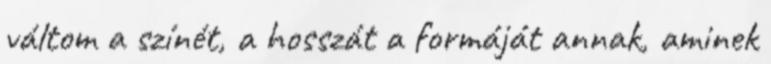
váltom a színét, a hosszát a formáját annak, aminek